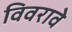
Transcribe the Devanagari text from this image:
विवरावे